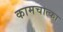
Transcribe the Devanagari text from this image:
कामचात्का